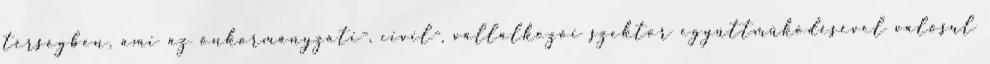
térségben, ami az önkormányzati-, civil-, vállalkozói szektor együttműködésével valósul